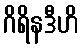
ဂိရိနဒီဟိ